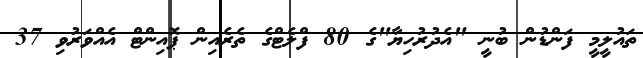
ތައުލީމީ ފަންޑުން ބުނީ "އެދުރުހިޔާ"ގެ 80 ފްލެޓްގެ ތެރެއިން ޕޮއިންޓް އެއްވަރުވި 37